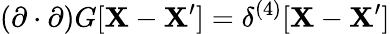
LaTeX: (\mathbf{\partial}\cdot\mathbf{\partial})G[\mathbf{X}-\mathbf{X^{\prime}}]=\delta^{(4)}[\mathbf{X}-\mathbf{X^{\prime}}]